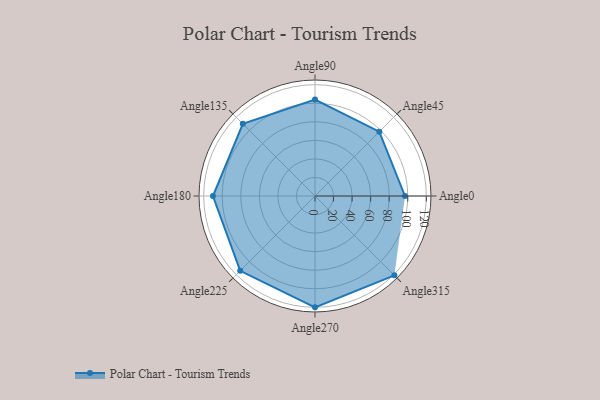
{"axis": {"x": "Angle", "y": "Radius"}, "legend": [""], "data": [{"x": "Angle0", "y": 97.0, "type": ""}, {"x": "Angle45", "y": 98.0, "type": ""}, {"x": "Angle90", "y": 104.0, "type": ""}, {"x": "Angle135", "y": 110.0, "type": ""}, {"x": "Angle180", "y": 110.0, "type": ""}, {"x": "Angle225", "y": 114.0, "type": ""}, {"x": "Angle270", "y": 120.0, "type": ""}, {"x": "Angle315", "y": 121.0, "type": ""}]}